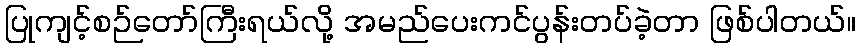
ပြုကျင့်စဉ်တော်ကြီးရယ်လို့ အမည်ပေးကင်ပွန်းတပ်ခဲ့တာ ဖြစ်ပါတယ်။